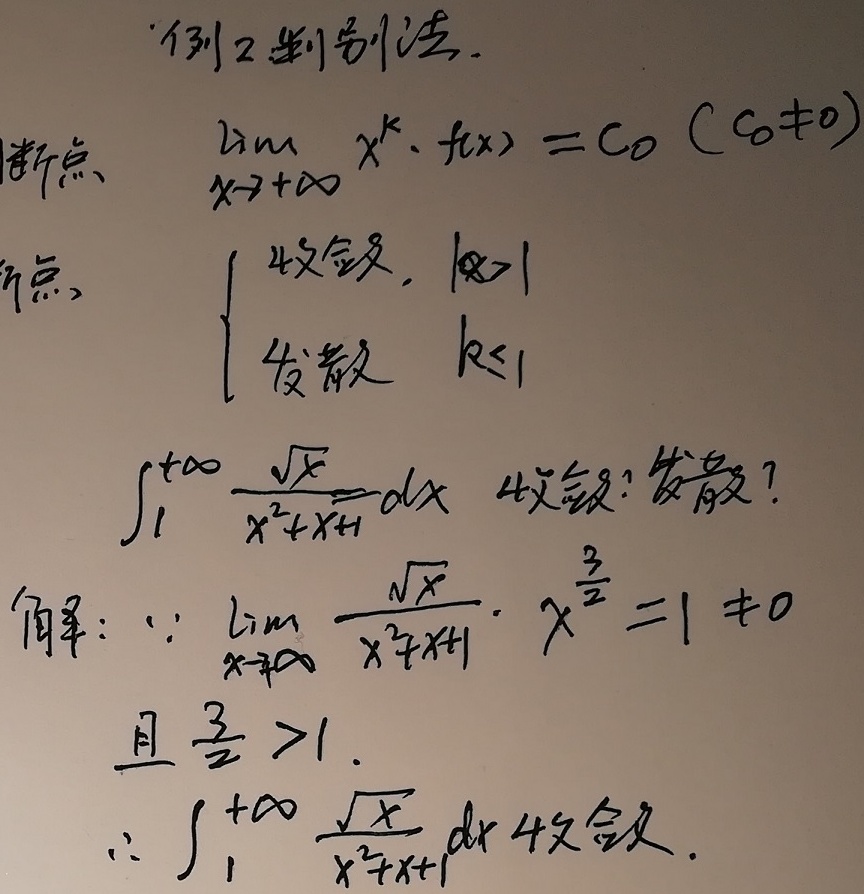
例2 判别法：判断\(\lim_{x \to +\infty} x^{k} \cdot f(x)=C_{0}\left(C_{0} \neq 0\right)\)，根据
\(\begin{cases}
\text{收敛，} & k>1 \\
\text{发散，} & k \leq 1
\end{cases}\)
判断\(\int_{1}^{+\infty} \frac{\sqrt{x}}{x^{2}+x + 1}dx\) 收敛还是发散？

解：\(\because \lim_{x \to \infty} \frac{\sqrt{x}}{x^{2}+x + 1} \cdot x^{\frac{3}{2}} = 1 \neq 0\)且\(\frac{3}{2}>1\)，
\(\therefore \int_{1}^{+\infty} \frac{\sqrt{x}}{x^{2}+x + 1}dx\) 收敛。